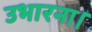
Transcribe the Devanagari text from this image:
उभारना।